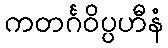
ကတင်္ဂဝိပ္ပဟီနံ